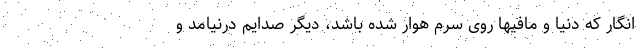
انگار که دنیا و مافیها روی سرم هوار شده باشد، دیگر صدایم درنیامد و